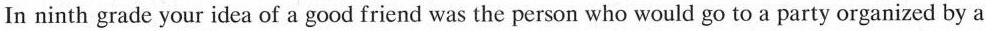
In ninth grade your idea of a good friend was the person who would go to a party organized by a